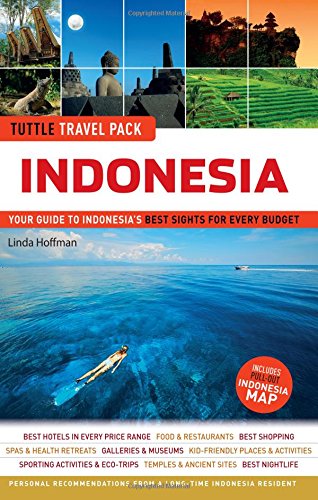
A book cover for Indonesia Tuttle Travel Pack: Your Guide to Indonesia's Best Sights for Every Budget (Travel Guide & Map); Linda Hoffman; Travel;